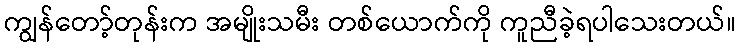
ကျွန်တော့်တုန်းက အမျိုးသမီး တစ်ယောက်ကို ကူညီခဲ့ရပါသေးတယ်။